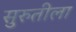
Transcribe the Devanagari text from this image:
सुरुतीला